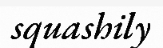
squashily